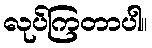
လုပ်ကြတာပါ။